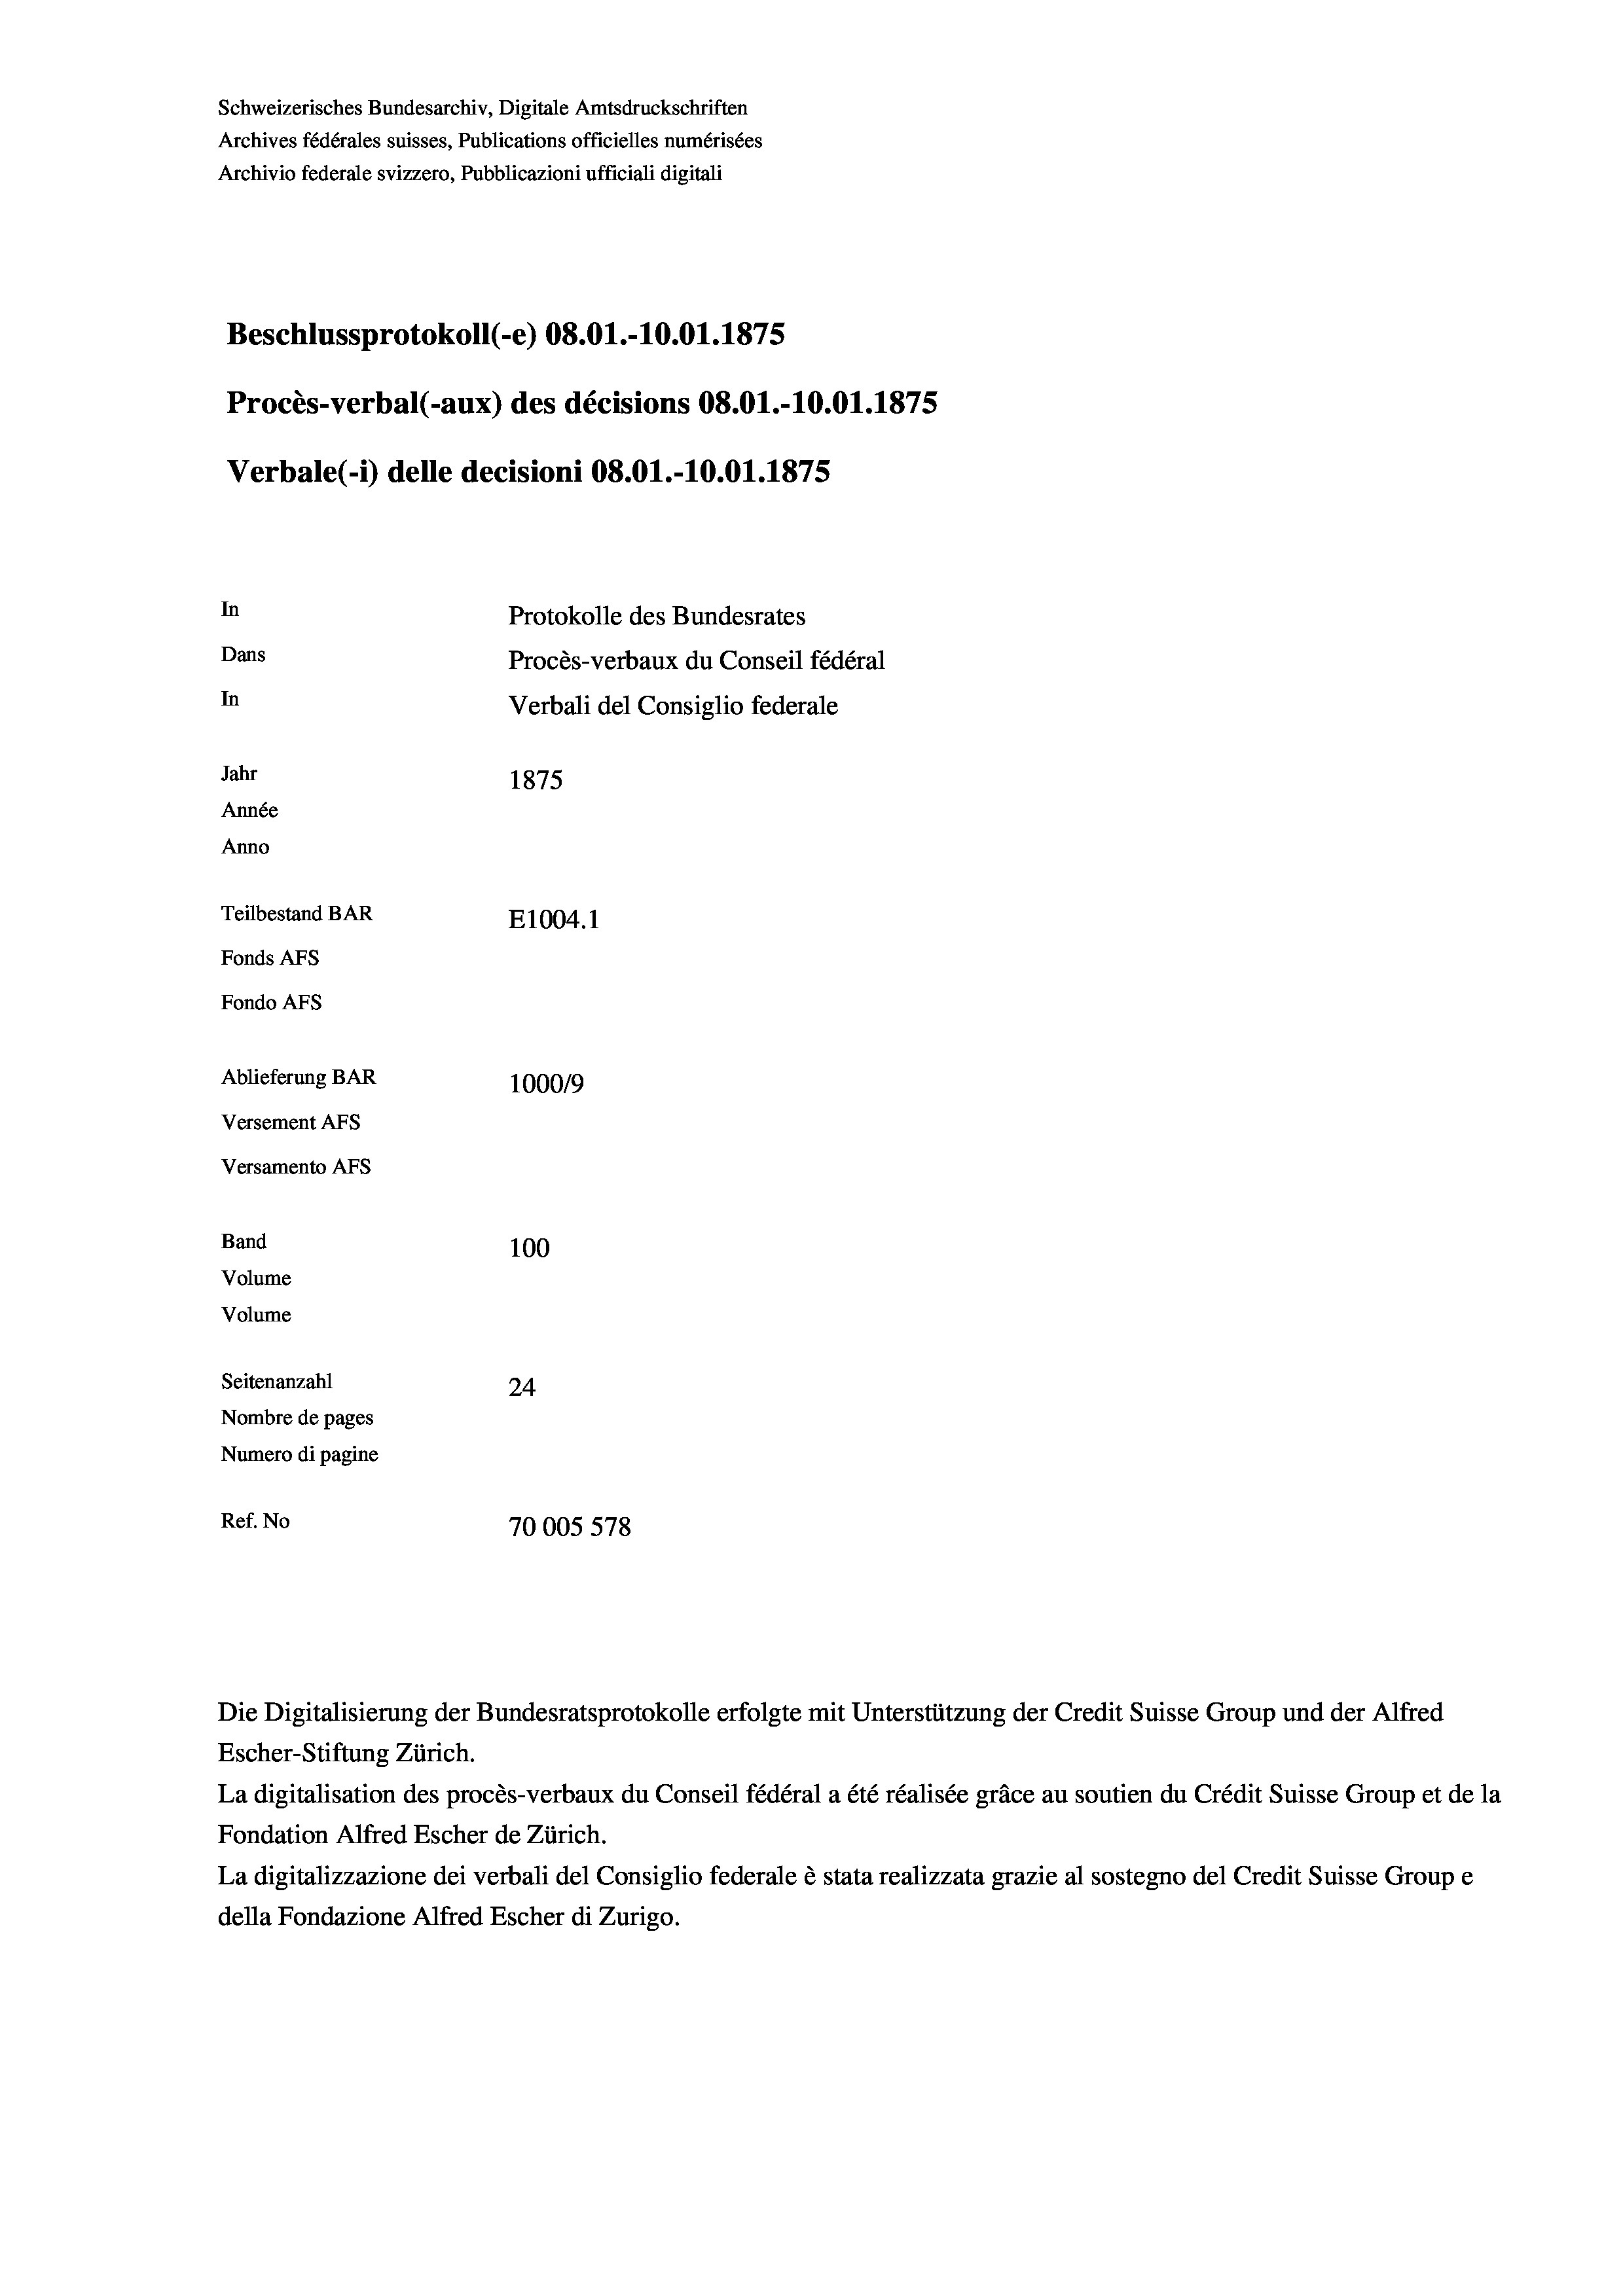
Schweizerisches Bundesarchiv, Digitale Amtsdruckschriften
Archives fédérales suisses, Publications officielles numérisées
Archivio federale svizzero, Pubblicazioni ufficiali digitali
Beschlussprotokoll (-e) 08.01.-10.01. 1875
Procès-verbal (-aux) des décisions 08.01.-10.01. 1875
In
Protokolle des Bundesrates
Dans
Procès-verbaux du Conseil fédéral
In
Verbali del Consiglio federale
Jahr
1875
Année
Anno
Teilbestand BAR
E1004. 1
Fonds AFs
Fondo Afs
Ablieferung BAR
100019
Versement AFs

Versamento AFs
Band
Volume
Volume

100
Seitenanzahl
24
Nombre de pages
Numero di pagine
Ref. No
70005578

Verbale(-*) delle decisioni 08.01.-10.01.1875

Die Digitalisierung der Bundesratsprotokolle erfolgte mit Unterstützung der Credit Suisse Group und der Alfred
Escher-Stiftung Zürich.
La digitalisation des procès-verbaux du Conseil fédéral a été réalisée gräce au soutien du Crédit Suisse Group et de la
Fondation Alfred Escher de Zürich.
La digitalizzazione dei verbali del Consiglio federale è stata realizzata grazie al sostegno del Credit Suisse Groupe
della Fondazione Alfred Escher di Zurigo.